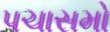
પચાસમો